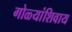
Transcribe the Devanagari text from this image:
गोळ्यांशिवाय